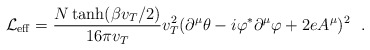
\begin{align*}{\cal L}_{\rm eff} = \frac{N \tanh (\beta v_T/2)}{16 \pi v_T} v^2_T(\partial^\mu \theta - i \varphi^* \partial^\mu \varphi + 2eA^\mu)^2\, \, \, \, .\end{align*}